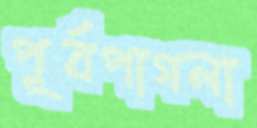
পূর্বপাগলা